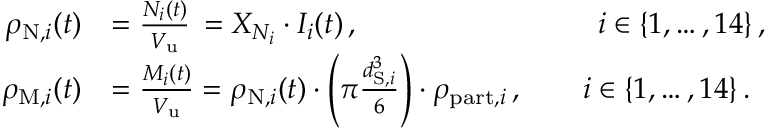
\begin{array} { r l } { \rho _ { \mathrm { N } , i } ( t ) } & { = \frac { N _ { i } ( t ) } { V _ { \mathrm { u } } } \, = X _ { N _ { i } } \cdot I _ { i } ( t ) \, , \phantom { \rho _ { \mathrm { N } , i } ( t ) \cdot \rho _ { \mathrm { p a r t } , i } \cdot } \qquad i \in \{ 1 , \dots , 1 4 \} \, , } \\ { \rho _ { \mathrm { M } , i } ( t ) } & { = \frac { M _ { i } ( t ) } { V _ { \mathrm { u } } } = \rho _ { \mathrm { N } , i } ( t ) \cdot \left( \pi \frac { d _ { \mathrm { S } , i } ^ { 3 } } { 6 } \right) \cdot \rho _ { \mathrm { p a r t } , i } \, , \qquad i \in \{ 1 , \dots , 1 4 \} \, . } \end{array}